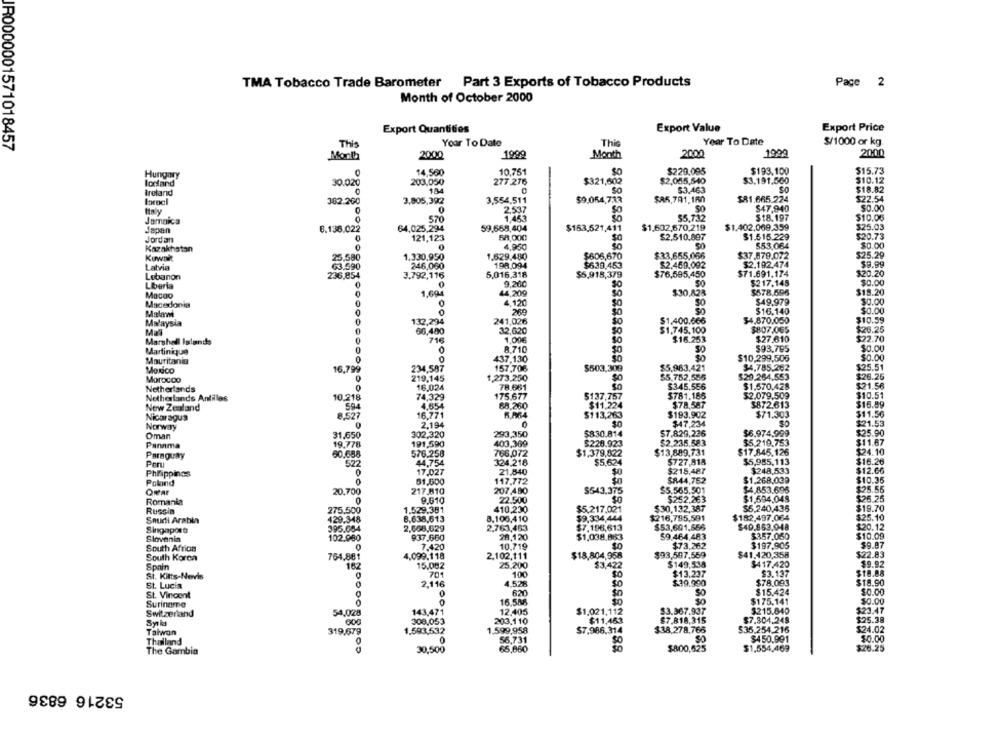
TMA Tobacco Trade Barometer Part 3 Exports of Tobacco Products
Page 2
Month of October 2000
Export Price
Export Quantities
Export Value
Year To Date
Year To Date
$/1000 or kg.
IR0000001571018457
This
This
Month
2000
1999
Month
2000
1999
2000
10,761
$229.085
$193.100
$15.73
Hungary
14,560
$0
$2,085,540
lodfand
30.020
203,050
277 276
$321,602
$3.191,560
$10.12
Ireland
18
53.463
$18.82
382.200
3,805,392
3,554.511
$9.054,733
$85,781.160
$81.665.224
$22.54
$47,940
$0.00
Italy
0
2,537
SO
$18.197
$10.06
Jamaica
570
1.453
$5,732
Japan
6.138.022
64,025,294
59.568,404
$153,521,411
$1,602,670,219
$1.402.069.359
$25.03
0
121,123
58,000
$2.510,897
$1.515.229
$20.73
Jordan
4.000
$53,064
$0.00
Kazakhstan
0
$0
Kuwait
25,580
1.330.950
1.529.480
$606,670
$33,655,056
$37.579.072
$25.29
Latvia
246,060
198,094
$639,453
$2.469.092
$2.192.474
$9.99
Lebanon
236,854
3.792,116
5,016.318
$5,915,379
$76,595,450
$71.691.174
$20.20
9,260
$217.148
$0.00
Liberia
0
$578.596
Macgo
1.694
44,209
$30.828
$18.20
Macedonia
0
0
4.120
50
$49.979
$0.00
Malam
$16,140
$0.00
241,026
$1,400.666
$4.870.050
$10.59
Malaysia
132,294
50
Mal
66,480
32,620
$1.745,100
$807.065
$26.25
Marshall Islands
0
716
1,00€
$16.253
$27.610
$22.70
8.710
$93.795
$0.00
Martinique
$10,299,506
$0.00
Mauritanie
0
437,130
Monco
16,799
234,587
157,706
$503,309
$5,983,421
$4,785.262
$25.51
Morocco
219,145
1,273.250
$0
$5,752,555
$29.264,553
$26.26
16.024
78.661
$345.556
$1.570.428
$21.56
Netherlands
$2.079.509
$10.51
Netherlands Antiles
10.218
74,329
175.677
$137.757
$781.185
New Zealand
4,654
88.260
$11,224
$78,587
$872.613
$16.89
8,527
16,771
6.964
$113,263
$193.902
$71.303
$11.56
Nicaragua
0
2.194
$47,234
$21.53
Norway
Oman
31.650
302,320
293,350
$830.814
$7.829,236
$6.974,999
$25.90
Panama
19.778
191,590
403,369
$229.923
$2.235.583
$5.219,753
$11.67
576.258
766,072
$1,379,822
$13,889,731
$17.845.126
$24.10
Paraguay
60.688
324.218
$727,818
$5,985,113
$16.26
Per
522
44,754
$5,624
Philippines
17.027
21.840
$0
$215,487
$248,533
$12.66
Poland
81,600
117,772
$0
$844,752
$1.268.039
$10.36
20,700
217.810
207.480
$543.375
$5.565.501
$4.853.696
$25.55
22.500
$1,594.048
$26.25
Romania
9.610
$252,263
Russia
275.500
1.529.381
410,230
$5.217,021
$30.132,387
$5,240,435
$19.70
Saudi Arabia
129.348
8.638,613
8.106,410
$9,334,444
$216,795,591
$182,497,064
$25.10
$7.196,613
$53,601,666
$40.863.948
$20.12
Singapore
395.054
2,608,629
2.763,463
$9.464.483
$357.050
$10.09
Slovenia
102.980
937.660
28,120
$1,038.883
South Africa
7.420
10.719
$0
$73,262
$197,905
$9.97
South Korea
764,881
4,099,118
2.102,111
$18,804,958
$93,507,559
$41.420,358
$22.83
162
15.082
25,200
$3,422
$149,535
$417.420
$9.92
Spain
$18.88
St. Kitts-Nevis
70
100
$0
$13.237
$3.137
St. Lucia
2.116
4.526
$0
$39.990
$78.093
$18.90
St. Vincent
SO
$15.424
$0.00
0
16.586
$175.141
$0.00
Suriname
$23.47
Switzerland
54,028
143,471
12.405
$1.021,112
$3.367.937
$215.040
308,053
203.110
$11,463
$7.818.315
$7.304.249
$25.38
Taiwan
319,679
1.593,532
1.599,958
$7.986.314
$38.278,766
$35.254.216
$24.02
0
0
56,731
$450.991
$0.00
Thailand
The Gambia
30,500
65,860
$800,625
$1,554,469
$28.25
53216 6836